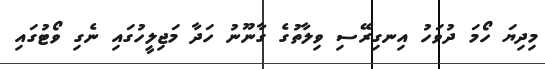
މިދިޔަ ހޯމަ ދުވަހު އިނގިރޭސި ވިލާތުގެ ގާނޫނު ހަދާ މަޖިލީހުގައި ނެގި ވޯޓުގައި